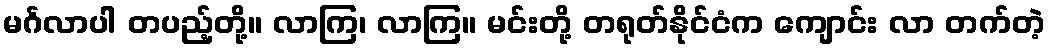
မင်္ဂလာပါ တပည့်တို့။ လာကြ၊ လာကြ။ မင်းတို့ တရုတ်နိုင်ငံက ကျောင်း လာ တက်တဲ့